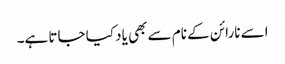
اسے نارائن کے نام سے بھی یاد کیا جاتا ہے۔